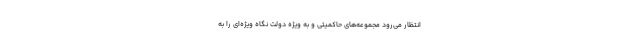
انتظار می‌رود مجموعه‌های حاکمیتی و به ویژه دولت نگاه ویژه‌ای را به